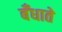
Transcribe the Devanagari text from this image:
बँधाते